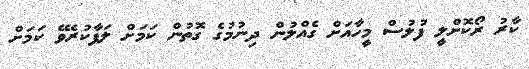
ކާރު ރޯކޮށްލީ ފުލުސް މީހާއަށް ގެއްލުން ދިނުމުގެ ގޮތުން ކަމަށް ލަފާކުރެވޭ ކަމަށް